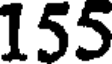
155